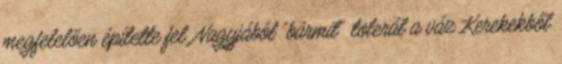
megfelelően építette fel. Nagyjából “bármit” tolerál a váz Kerekekből